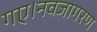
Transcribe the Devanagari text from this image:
गए।नवजागरण